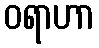
ဝရာဟာ